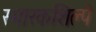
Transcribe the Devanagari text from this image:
स्मारकशिल्पे